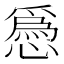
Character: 𢡺